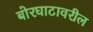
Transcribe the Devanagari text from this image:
बोरघाटावरील